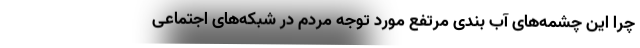
چرا این چشمه‌های آب بندی مرتفع مورد توجه مردم در شبکه‌های اجتماعی